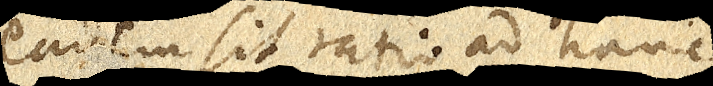
eadem sit ratio ad hanc